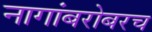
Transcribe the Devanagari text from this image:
नागांबरोबरच